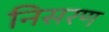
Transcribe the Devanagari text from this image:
निसरण